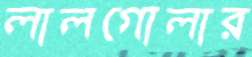
লালগোলার